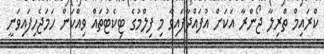
ކްރައިމް ތްރިލާ ޖޯންރާ އަކަށް އުފައްދާފައިވާ މި ފިލްމުގެ ޓިކެޓުތައް ވިއްކަން ހަމަޖެހިފައިވަނީ